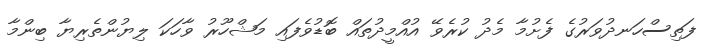
ފަތިސްހަނދުވަރުގެ ފެށުމާ މެދު ކުރެވޭ އުއްމީދުތައް ބޮޑުވެފައި މަޝްހޫރު ވާހަކަ ލިޔުންތެރިޔާ ބިންމާ